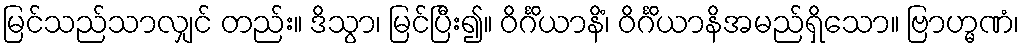
မြင်သည်သာလျှင် တည်း။ ဒိသွာ၊ မြင်ပြီး၍။ ဝိင်္ဂိယာနိံ၊ ဝိင်္ဂိယာနိအမည်ရှိသော။ ဗြာဟ္မဏံ၊